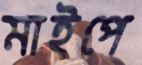
মাইপে